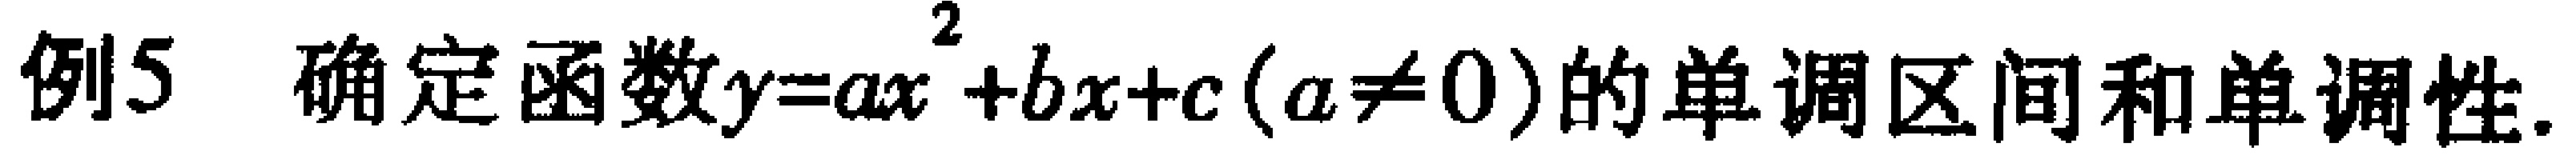
例5 确定函数\(y = ax^{2}+bx + c(a\neq0)\)的单调区间和单调性.